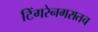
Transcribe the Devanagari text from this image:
टिंगरेनगरातच